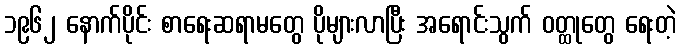
၁၉၆၂ နောက်ပိုင်း စာရေးဆရာမတွေ ပိုများလာပြီး အရောင်းသွက် ဝတ္ထုတွေ ရေးတဲ့